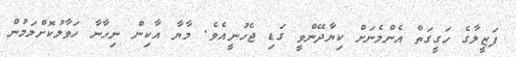
ފަޒީލާގެ ހަގީގަތް އެންމެނަށް ކިޔާދޭންވީ ގަޑި ޖެހުނީއެވެ. މާޔާ އާކިން ނިހާނާ ހަވާލުކޮށްލަމުން